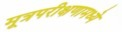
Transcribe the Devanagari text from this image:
मूत्रपरीक्षणामध्ये